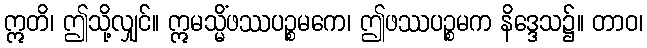
ဣတိ၊ ဤသို့လျှင်။ ဣမသ္မိံဖဿပဉ္စမကေ၊ ဤဖဿပဉ္စမက နိဒ္ဒေသ၌။ တာဝ၊